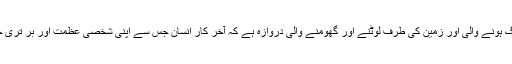
کیا زندگی الگ ہونے والی اور زمین کی طرف لوٹنے اور گھومنے والی دروازہ ہے کہ آخر کار انسان جس سے اپنی شخصی عظمت اور بر تری حاصل کرے؟